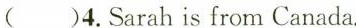
( )4.Sarah is from Canada.